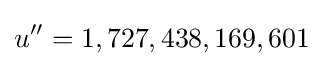
u''=1,727,438,169,601